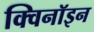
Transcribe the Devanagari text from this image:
क्विनॉइन